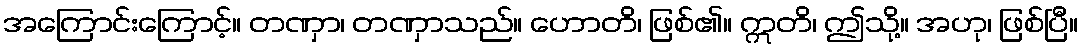
အကြောင်းကြောင့်။ တဏှာ၊ တဏှာသည်။ ဟောတိ၊ ဖြစ်၏။ ဣတိ၊ ဤသို့။ အဟု၊ ဖြစ်ပြီ။